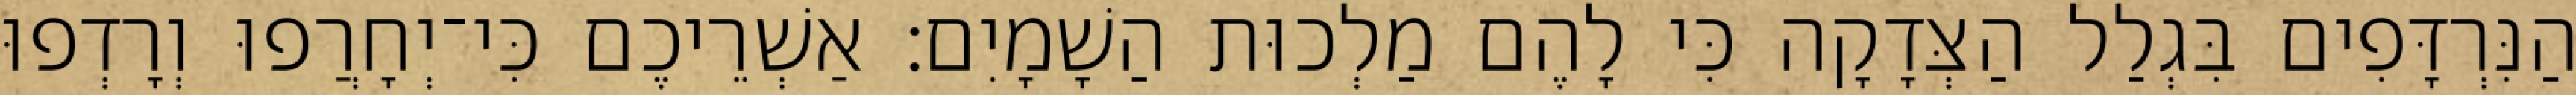
הַנִּרְדָּפִים בִּגְלַל הַצְּדָקָה כִּי לָהֶם מַלְכוּת הַשָׁמָיִם׃ אַשְׁרֵיכֶם כִּי־יְחָרֲפוּ וְרָדְפוּ